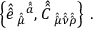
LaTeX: \left\{ \hat { \hat { e } \, } _ { \hat { \hat { \mu } } } { } ^ { \hat { \hat { a } } } , \hat { \hat { C } \, } _ { \hat { \hat { \mu } } \hat { \hat { \nu } } \hat { \hat { \rho } } } \right\} \, .